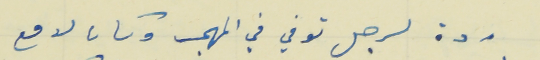
ردة لرجل توفي في المهجر وكان لامع